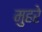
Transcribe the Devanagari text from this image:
मुहरे